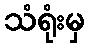
သံရုံးမှ